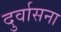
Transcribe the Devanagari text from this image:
दुर्वासना